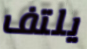
يلتف